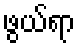
ဖွယ်ရာ